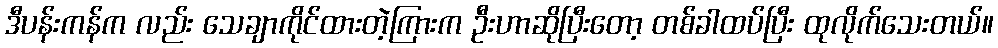
ဒီပန်းကန်က လည်း သေချာကိုင်ထားတဲ့ကြားက ဦးဟာဆိုပြီးတော့ တစ်ခါထပ်ပြီး ထုလိုက်သေးတယ်။